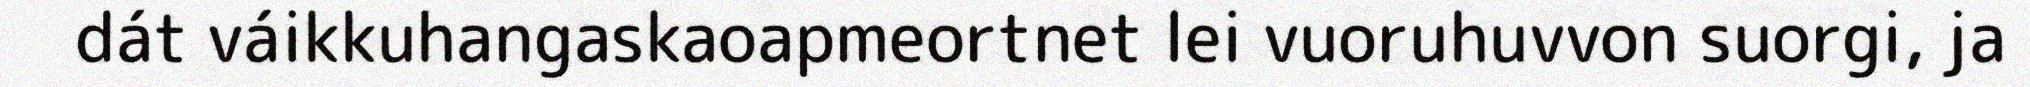
dát váikkuhangaskaoapmeortnet lei vuoruhuvvon suorgi, ja